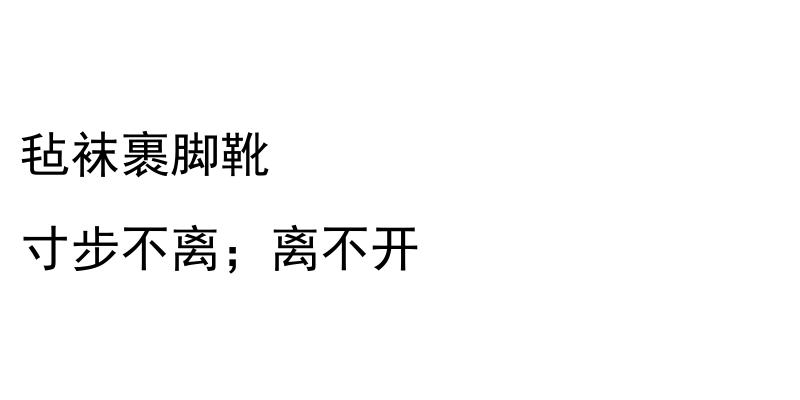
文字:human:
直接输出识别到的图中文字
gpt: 毡袜裹脚靴 寸步不离；离不开